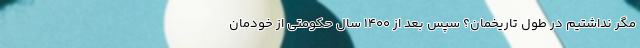
مگر نداشتیم در طول تاریخمان؟ سپس بعد از ۱۴۰۰ سال حکومتی از خودمان